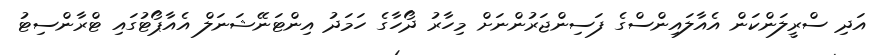
އަދި ސްރީލަންކަން އެއާލައިންސްގެ ފަސިންޖަރުންނަށް މިހާރު ދޯހާގެ ހަމަދު އިންޓަނޭޝަނަލް އެއާޕޯޓުގައި ޓްރާންސިޓު